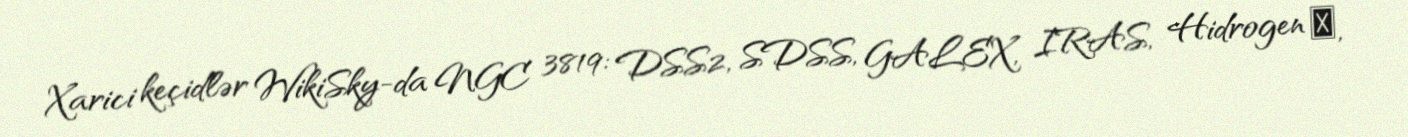
Xarici keçidlər WikiSky-da NGC 3819: DSS2, SDSS, GALEX, IRAS, Hidrogen α,